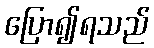
ပြော၍ရသည်